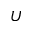
U